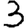
Digit: 3